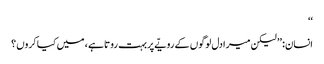
‘‘
انسان: ’’ لیکن میرا دل لوگوں کے رویّے پربہت روتا ہے ، میں کیا کروں ؟